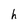
Character: h